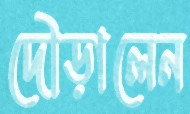
দৌড়ালেন